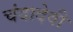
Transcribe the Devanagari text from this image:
चंदादेवी